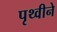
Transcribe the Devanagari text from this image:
पृथ्वीने